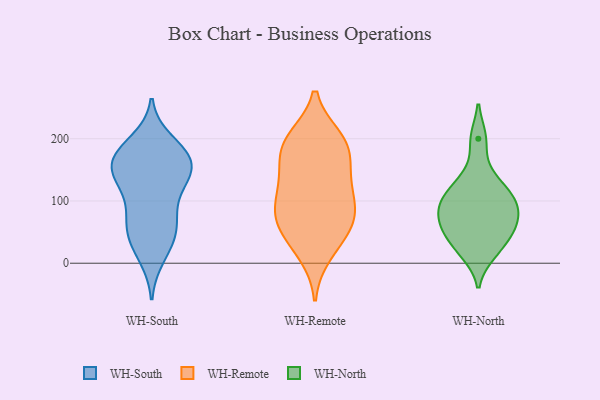
{"axis": {"x": "Inventory Turnover", "y": "Value"}, "legend": ["WH-North", "WH-Remote", "WH-South"], "data": [{"x": "", "y": 174, "type": "WH-South"}, {"x": "", "y": 101, "type": "WH-South"}, {"x": "", "y": 135, "type": "WH-South"}, {"x": "", "y": 196, "type": "WH-South"}, {"x": "", "y": 186, "type": "WH-South"}, {"x": "", "y": 169, "type": "WH-South"}, {"x": "", "y": 65, "type": "WH-South"}, {"x": "", "y": 52, "type": "WH-South"}, {"x": "", "y": 160, "type": "WH-South"}, {"x": "", "y": 156, "type": "WH-South"}, {"x": "", "y": 134, "type": "WH-South"}, {"x": "", "y": 44, "type": "WH-South"}, {"x": "", "y": 132, "type": "WH-South"}, {"x": "", "y": 165, "type": "WH-South"}, {"x": "", "y": 10, "type": "WH-South"}, {"x": "", "y": 21, "type": "WH-South"}, {"x": "", "y": 171, "type": "WH-South"}, {"x": "", "y": 131, "type": "WH-South"}, {"x": "", "y": 77, "type": "WH-South"}, {"x": "", "y": 58, "type": "WH-South"}, {"x": "", "y": 78, "type": "WH-Remote"}, {"x": "", "y": 189, "type": "WH-Remote"}, {"x": "", "y": 16, "type": "WH-Remote"}, {"x": "", "y": 84, "type": "WH-Remote"}, {"x": "", "y": 132, "type": "WH-Remote"}, {"x": "", "y": 198, "type": "WH-Remote"}, {"x": "", "y": 132, "type": "WH-Remote"}, {"x": "", "y": 186, "type": "WH-Remote"}, {"x": "", "y": 73, "type": "WH-Remote"}, {"x": "", "y": 37, "type": "WH-Remote"}, {"x": "", "y": 168, "type": "WH-Remote"}, {"x": "", "y": 83, "type": "WH-Remote"}, {"x": "", "y": 200, "type": "WH-Remote"}, {"x": "", "y": 120, "type": "WH-Remote"}, {"x": "", "y": 53, "type": "WH-Remote"}, {"x": "", "y": 16, "type": "WH-North"}, {"x": "", "y": 200, "type": "WH-North"}, {"x": "", "y": 139, "type": "WH-North"}, {"x": "", "y": 54, "type": "WH-North"}, {"x": "", "y": 95, "type": "WH-North"}, {"x": "", "y": 64, "type": "WH-North"}, {"x": "", "y": 101, "type": "WH-North"}, {"x": "", "y": 116, "type": "WH-North"}, {"x": "", "y": 89, "type": "WH-North"}, {"x": "", "y": 29, "type": "WH-North"}, {"x": "", "y": 60, "type": "WH-North"}]}